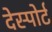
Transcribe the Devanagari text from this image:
देस्पोर्ट